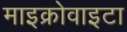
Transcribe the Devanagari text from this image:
माइक्रोवाइटा